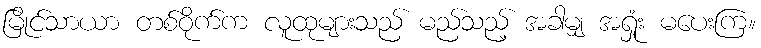
မြိုင်သာယာ တစ်ဝိုက်က လူထုများသည် မည်သည့် အခါမျှ အရှုံး မပေးကြ။